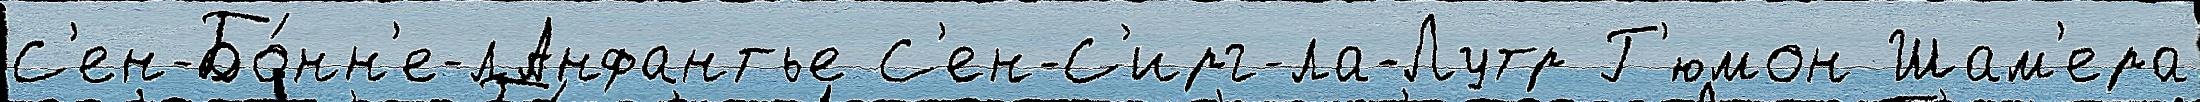
С'ен-Бо́нн'е-лАнфантье С'ен-С'ирг-ла-Лутр Г'юмон Шам'ера